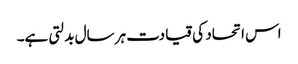
اس اتحاد کی قیادت ہر سال بدلتی ہے۔